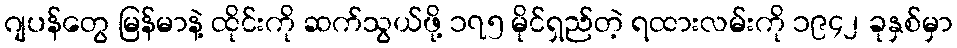
ဂျပန်တွေ မြန်မာနဲ့ ထိုင်းကို ဆက်သွယ်ဖို့ ၁၇၅ မိုင်ရှည်တဲ့ ရထားလမ်းကို ၁၉၄၂ ခုနှစ်မှာ